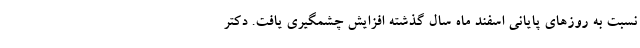
نسبت به روز‌های پایانی اسفند ماه سال گذشته افزایش چشمگیری یافت. دکتر